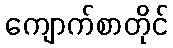
ကျောက်စာတိုင်